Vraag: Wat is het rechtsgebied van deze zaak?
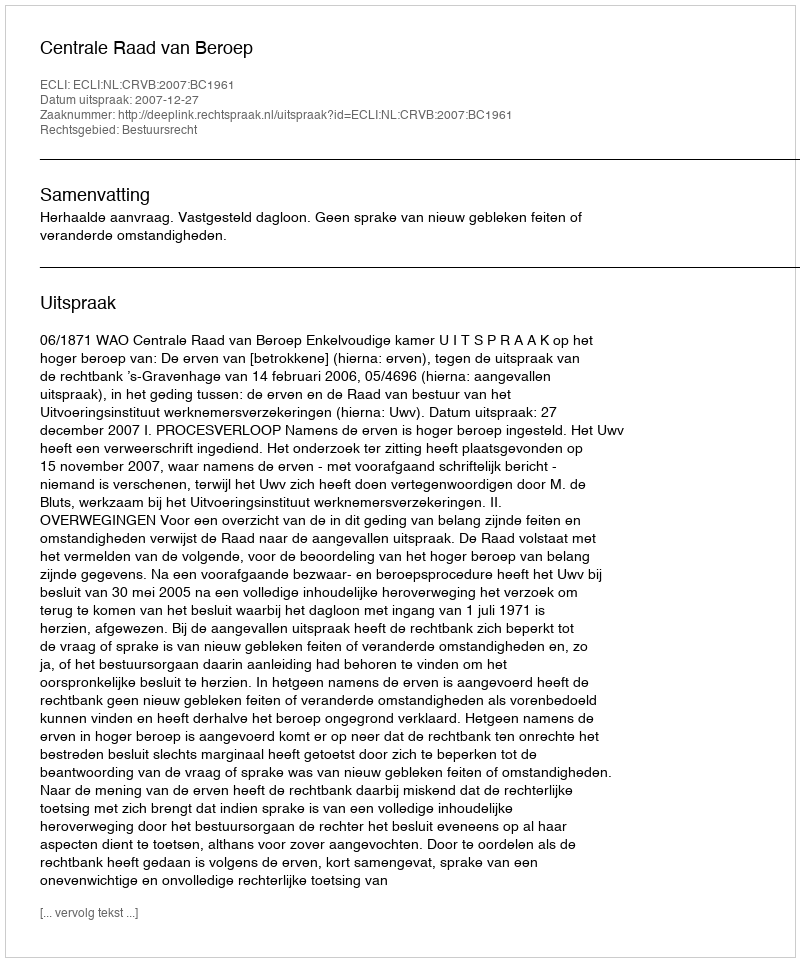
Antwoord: Bestuursrecht